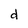
Character: d